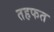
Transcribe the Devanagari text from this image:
तहफत